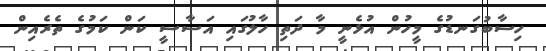
ހިސާބުގަނޑުގެ މީހުން އުޅެނީ މާ ދަތި ހާލުގައި އަސާސީ ކަން ކަމުގެ ތެރެއިން